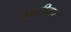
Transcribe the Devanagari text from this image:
घाटीदार